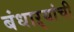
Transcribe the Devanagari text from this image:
बंधाऱ्यांची